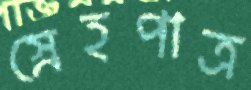
স্নেহপাত্র